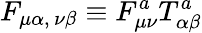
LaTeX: F_{\mu\alpha,\, \nu\beta}\equiv F_{\mu\nu}^{a}T_{\alpha\beta}^{a}